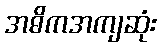
အဓိကအကျဆုံး